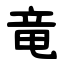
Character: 竜